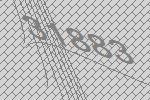
31883